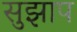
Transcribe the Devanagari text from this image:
सुझाप